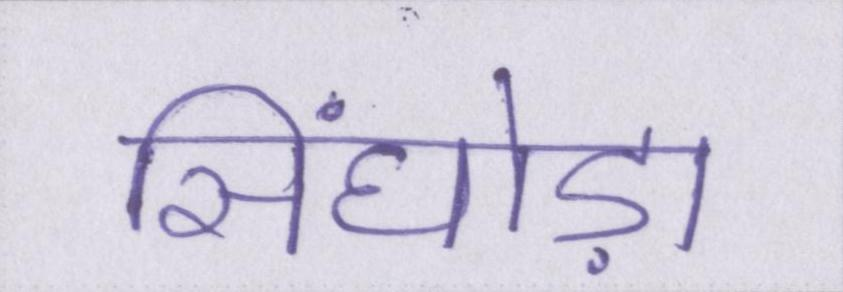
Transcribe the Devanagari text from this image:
सिंघोड़ा